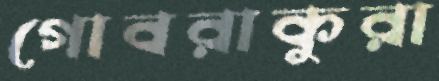
গোবরাকুরা